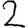
Digit: 2